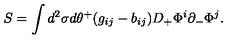
S = \int d ^ { 2 } \sigma d \theta ^ { + } ( g _ { i j } - b _ { i j } ) D _ { + } \Phi ^ { i } \partial _ { - } \Phi ^ { j } .